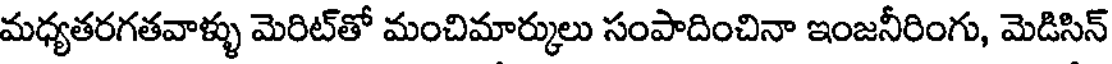
మధ్యతరగతవాళ్ళు మెరిట్తో మంచిమార్కులు సంపాదించినా ఇంజనీరింగు, మెడిసిన్